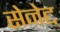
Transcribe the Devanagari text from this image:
सेनेद्द